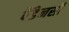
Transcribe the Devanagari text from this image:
पैंडेनसी